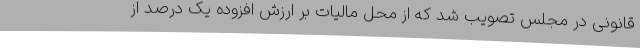
قانونی در مجلس تصویب شد که از محل مالیات بر ارزش افزوده یک درصد از